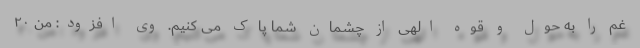
غم را به حول و قوه الهی از چشمان شما پاک می کنیم. وی افزود: من ۲۰